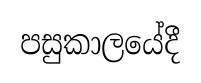
පසුකාලයේදී